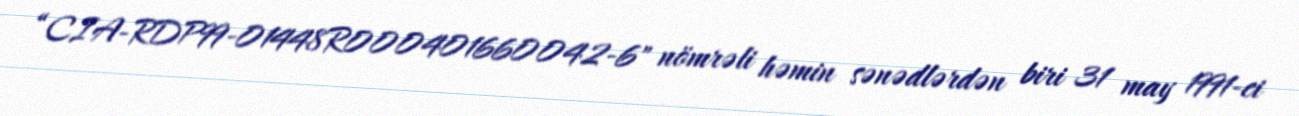
“CIA-RDP99-01448R000401660042-6" nömrəli həmin sənədlərdən biri 31 may 1991-ci